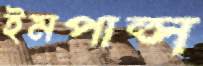
ইমপাল্স